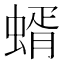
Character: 蝑